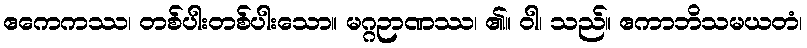
ဧကေကဿ၊ တစ်ပါးတစ်ပါးသော။ မဂ္ဂဉာဏဿ၊ ၏။ ဝါ၊ သည်။ ဧကာဘိသမယတံ၊